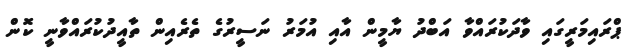
ޕްރައިމަރީގައި ވާދަކުރައްވާ އަބްދު ޔާމީން އާއި އުމަރު ނަސީރުގެ ތެރެއިން ތާއީދުކުރައްވާނީ ކޮން